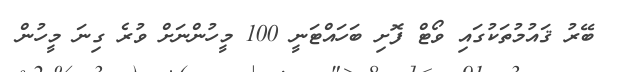
ބޭރު ޤައުމުތަކުގައި ވޯޓް ފޮށި ބަހައްޓަނީ 100 މީހުންނަށް ވުރެ ގިނަ މީހުން